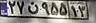
۲۷ن۹۵۵۱۳